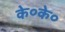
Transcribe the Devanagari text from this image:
के०के०